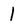
Character: 1